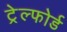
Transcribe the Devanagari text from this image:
ट्रेल्फोर्ड